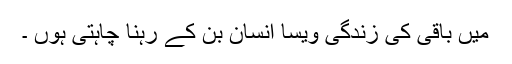
میں باقی کی زندگی ویسا انسان بن کے رہنا چاہتی ہوں ۔